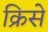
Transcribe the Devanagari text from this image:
क्रिसे